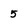
Character: 5